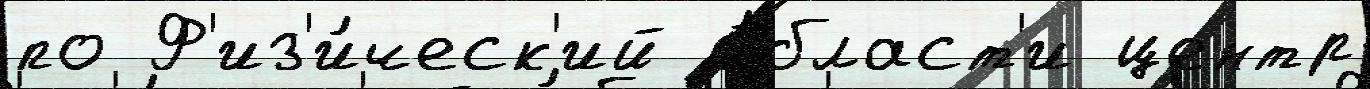
по Ф'из'и́ческ'ий о́бласт'и центр